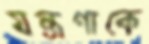
যন্ত্রণাকে